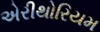
એરીથોરિયમ